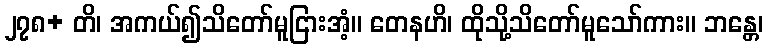
၂၇၈+ တိ၊ အကယ်၍သိတော်မူငြားအံ့။ တေနဟိ၊ ထိုသို့သိတော်မူသော်ကား။ ဘန္တေ၊